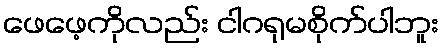
ဖေဖေ့ကိုလည်း ငါဂရုမစိုက်ပါဘူး